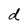
Character: d